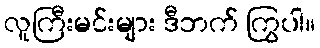
လူကြီးမင်းများ ဒီဘက် ကြွပါ။